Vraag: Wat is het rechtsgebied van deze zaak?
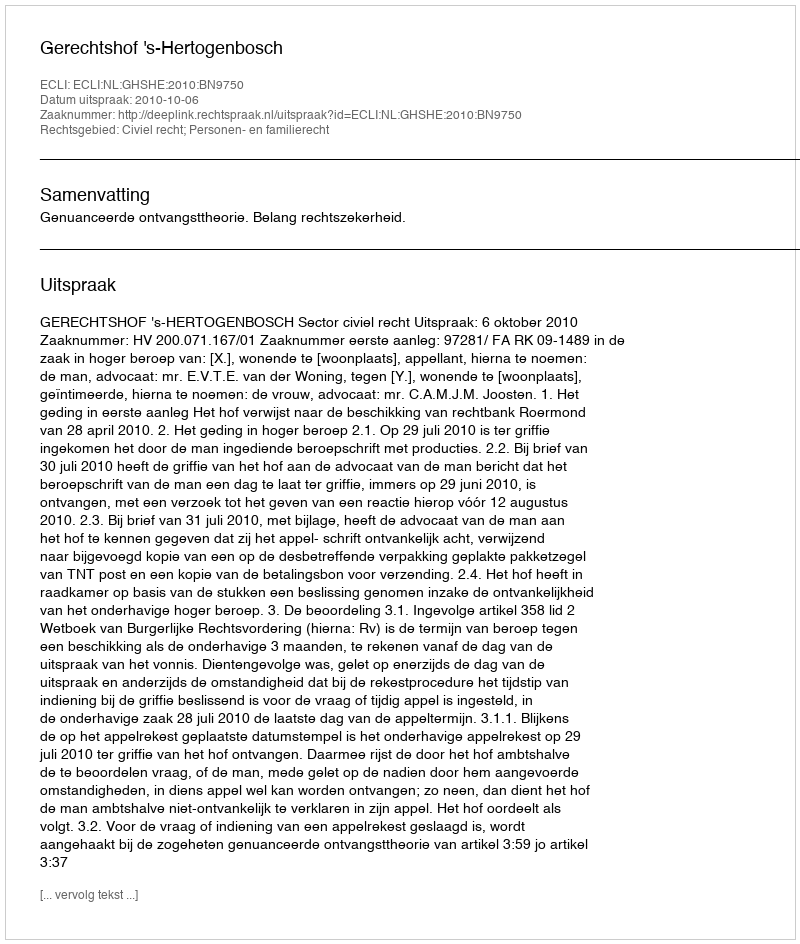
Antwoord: Civiel recht; Personen- en familierecht